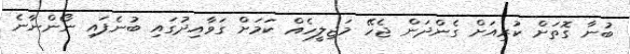
ބުނާ ގޮތަށް ކުރިއަށް ގެންދަން ޖެހޭ މަޖިލީހެއް ކަމަށް ގަވާއިދުގައި ބުނެފައި ނޯންނާނެ